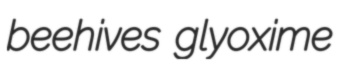
beehives glyoxime